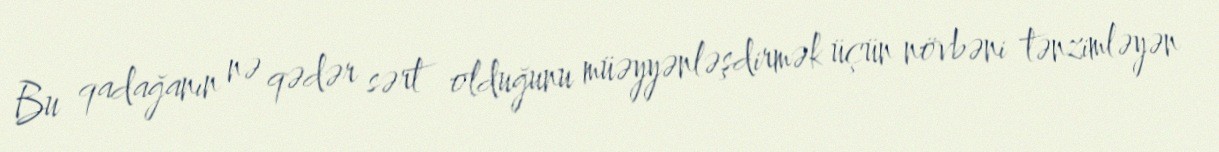
Bu qadağanın nə qədər sərt olduğunu müəyyənləşdirmək üçün növbəni tənzimləyən